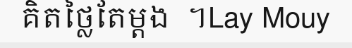
គិតថ្លៃតែម្តង  ។Lay Mouy